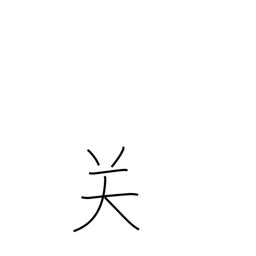
Meaning: frontier pass